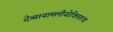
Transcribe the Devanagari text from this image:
देव्यायामलीयोक्तितत्व